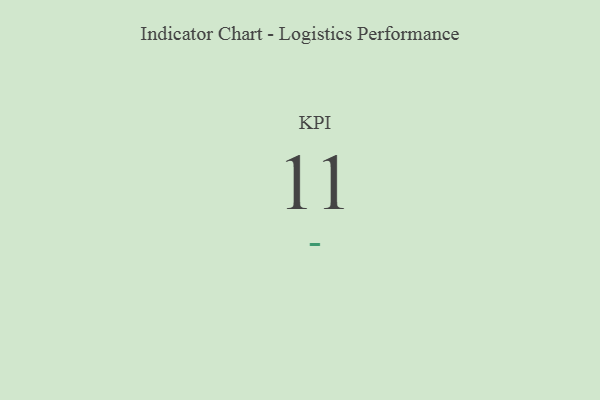
{"axis": {"x": "KPI", "y": "Value"}, "legend": [""], "data": [{"x": "KPI", "y": 11, "type": ""}]}